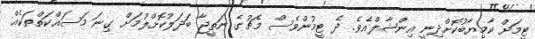
ޓީމަށް ކާމިޔާބުކޮށްދިނީ އިންޝާލްއެވެ. ދެ ޓީމުންވެސް މެޗުގެ ނަތީޖާ ބަދަލުކޮށްލުމަށް ގިނަ މަސައްކަތްތަކެއް